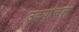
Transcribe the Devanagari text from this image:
उदयांचल